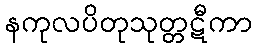
နကုလပိတုသုတ္တဋီကာ